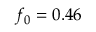
f _ { 0 } = 0 . 4 6